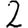
Digit: 2